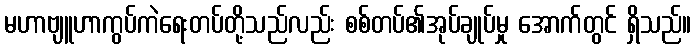
မဟာဗျူဟာကွပ်ကဲရေးတပ်တို့သည်လည်း စစ်တပ်၏အုပ်ချုပ်မှု အောက်တွင် ရှိသည်။